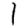
Digit: 1